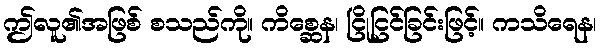
ဤလူ၏အဖြစ် စသည်ကို။ ကိစ္ဆေန၊ ငြိုငြင်ခြင်းဖြင့်။ ကသိရေန၊